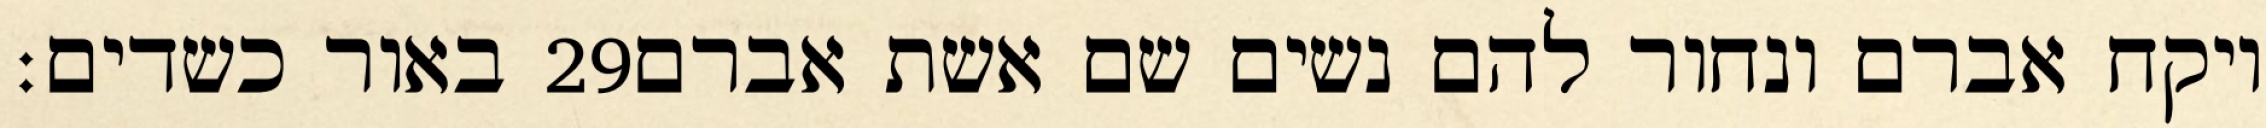
באור כשדים׃ ‎29‏ ויקח אברם ונחור להם נשים שם אשת אברם